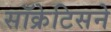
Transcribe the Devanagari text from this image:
सॉक्रेटिसने